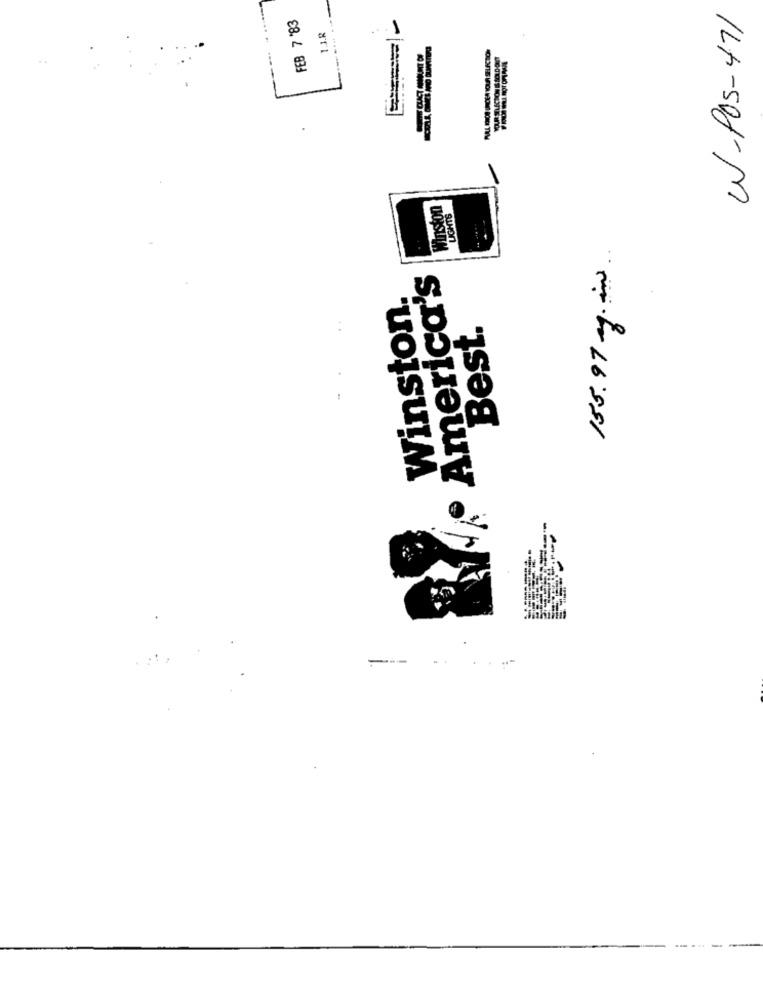
W-POS-471
FEB 7 '83
1.3.R
-----
LECHON IS SOLD
Winston
LIGHTS
155.97 mg. int ..
America's
Winston.
..
Best.
-- -